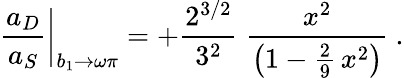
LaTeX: {\frac{a_{D}}{a_{S}}}\bigg|_{b_{1}\to\omega\pi}=+{\frac{2^{3/2}}{3^{2}}}\; {\frac{x^{2}}{\big(1-{\frac{2}{9}}\, x^{2}\big)}}\ .